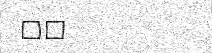
٥٨